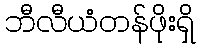
ဘီလီယံတန်ဖိုးရှိ